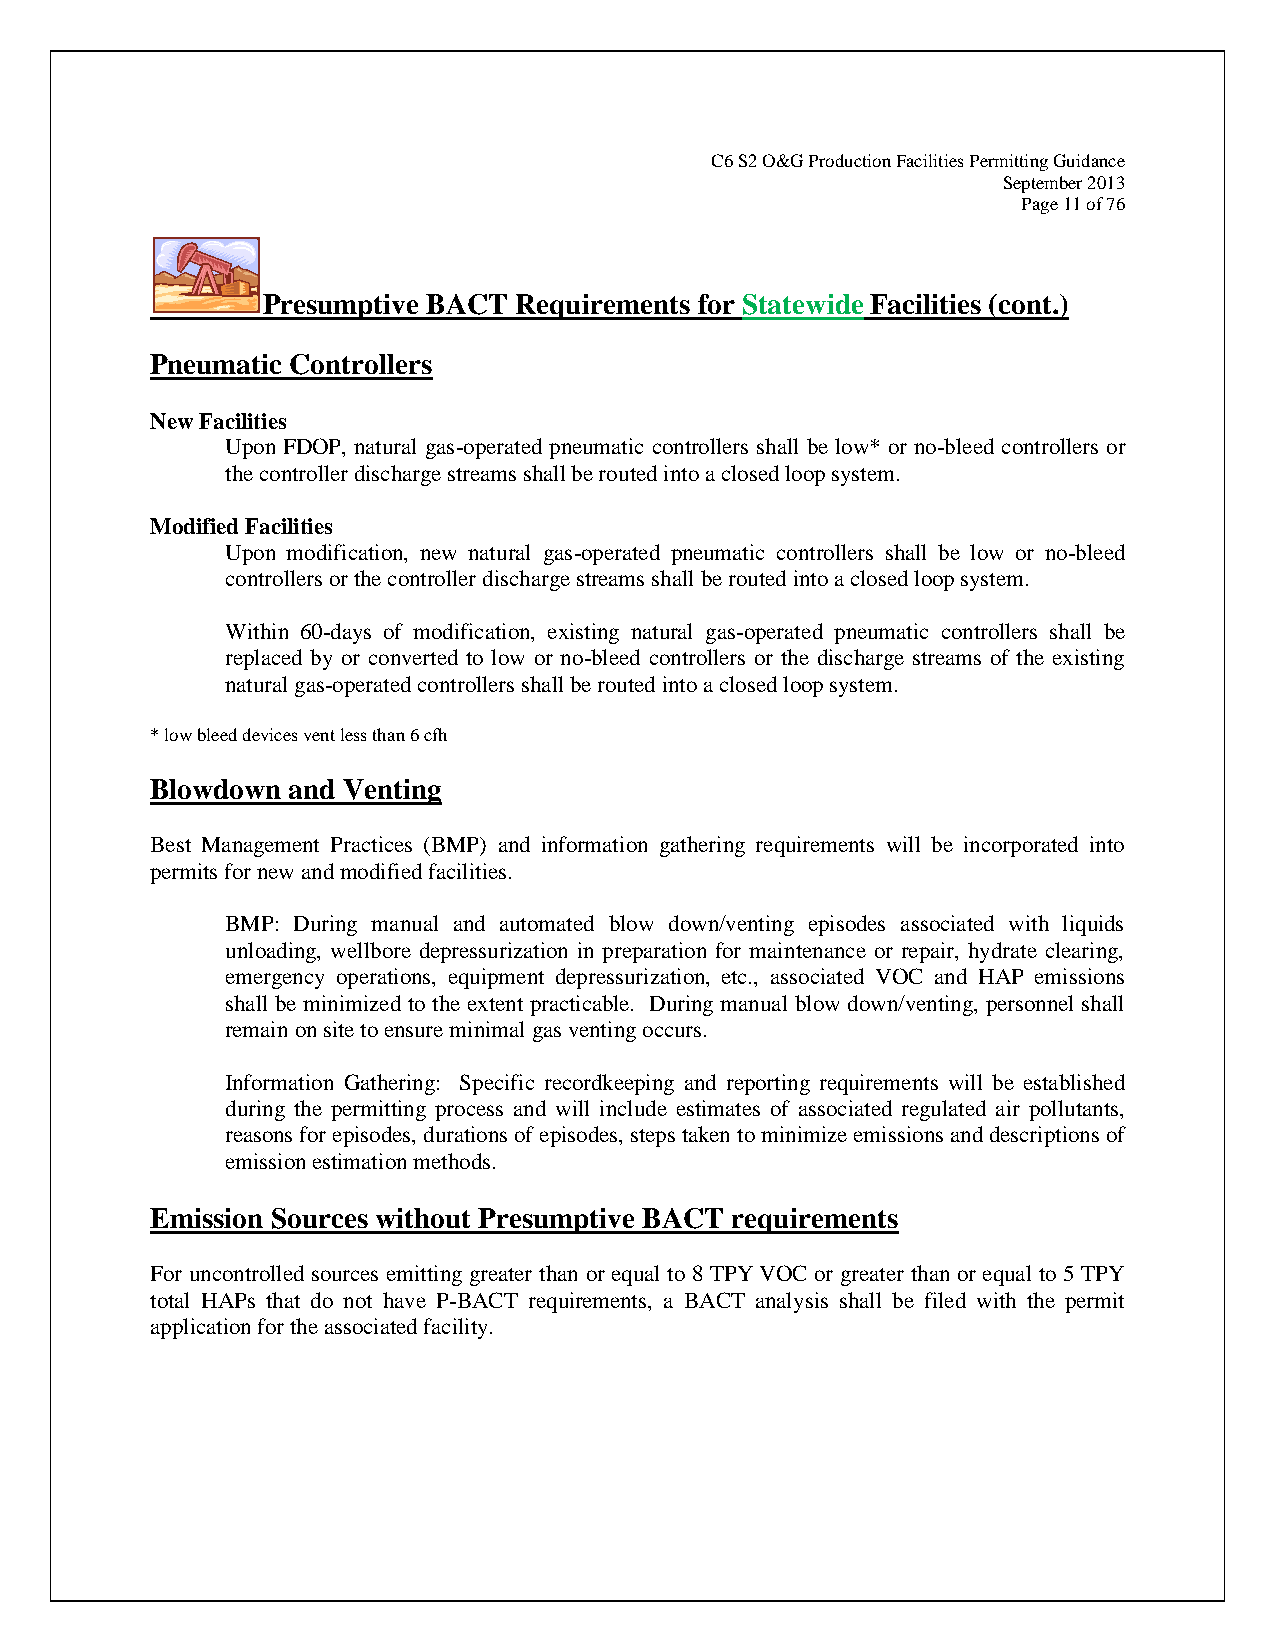
C6 S2 O&G Production Facilities Permitting Guidance
 September 2013
 Page 11 of 76
 Presumptive BACT Requirements for Statewide Facilities (cont.)
 Pneumatic Controllers
 New Facilities
 Upon FDOP, natural gas-operated pneumatic controllers shall be low* or no-bleed controllers or
 the controller discharge streams shall be routed into a closed loop system.
 Modified Facilities
 Upon modification, new natural gas-operated pneumatic controllers shall be low or no-bleed
 controllers or the controller discharge streams shall be routed into a closed loop system.
 Within 60-days of modification, existing natural gas-operated pneumatic controllers shall be
 replaced by or converted to low or no-bleed controllers or the discharge streams of the existing
 natural gas-operated controllers shall be routed into a closed loop system.
 * low bleed devices vent less than 6 cfh
 Blowdown and Venting
 Best Management Practices (BMP) and information gathering requirements will be incorporated into
 permits for new and modified facilities.
 BMP: During manual and automated blow down/venting episodes associated with liquids
 unloading, wellbore depressurization in preparation for maintenance or repair, hydrate clearing,
 emergency operations, equipment depressurization, etc., associated VOC and HAP emissions
 shall be minimized to the extent practicable. During manual blow down/venting, personnel shall
 remain on site to ensure minimal gas venting occurs.
 Information Gathering: Specific recordkeeping and reporting requirements will be established
 during the permitting process and will include estimates of associated regulated air pollutants,
 reasons for episodes, durations of episodes, steps taken to minimize emissions and descriptions of
 emission estimation methods.
 Emission Sources without Presumptive BACT requirements
 For uncontrolled sources emitting greater than or equal to 8 TPY VOC or greater than or equal to 5 TPY
 total HAPs that do not have P-BACT requirements, a BACT analysis shall be filed with the permit
 application for the associated facility.